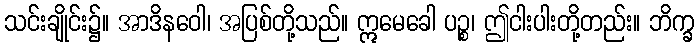
သင်းချိုင်း၌။ အာဒိနဝေါ၊ အပြစ်တို့သည်။ ဣမေခေါ ပဉ္စ၊ ဤငါးပါးတို့တည်း။ ဘိက္ခ